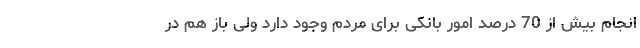
انجام بیش از 70 درصد امور بانکی برای مردم وجود دارد ولی باز هم در